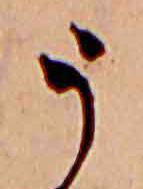
う